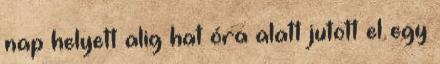
nap helyett alig hat óra alatt jutott el egy